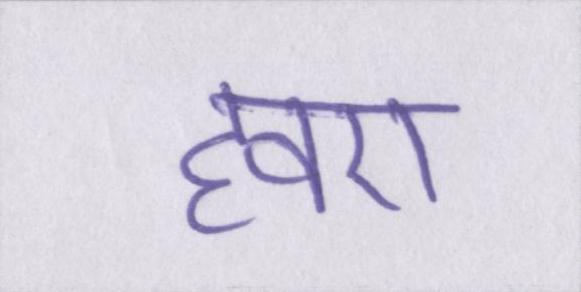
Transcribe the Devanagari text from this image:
हवए